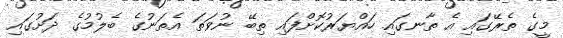
މީގެ ތެރޭގައި އެ ތާނގައި ހައްޔަރުކޮށްފައި ތިބޭ ނުވަތަ އެތަނުގެ ބެލުމުގެ ދަށުގައި